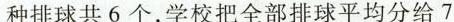
种排球共6个，学校把全部排球平均分给7